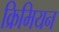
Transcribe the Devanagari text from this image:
क्रिमियन